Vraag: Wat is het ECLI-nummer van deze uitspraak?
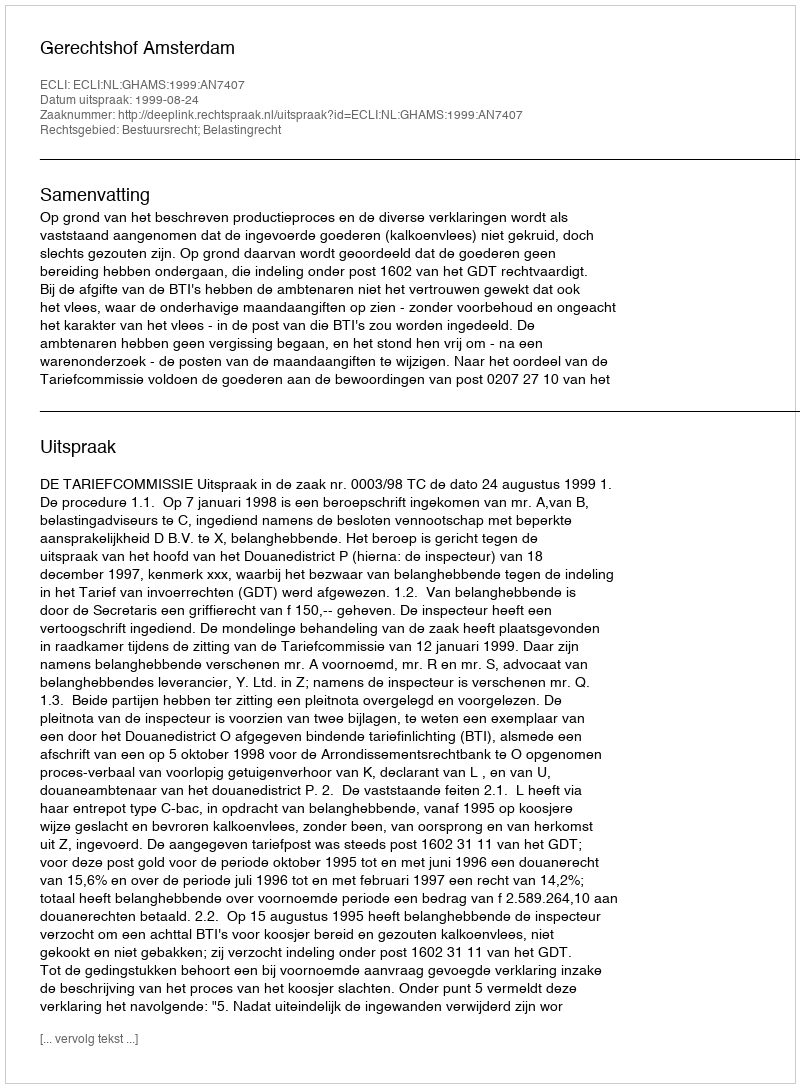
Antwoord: ECLI:NL:GHAMS:1999:AN7407